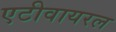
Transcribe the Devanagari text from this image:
एटीवायरल